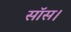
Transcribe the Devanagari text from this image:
सॉस।